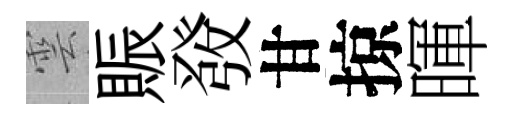
雲賑𤼲甘掠暉